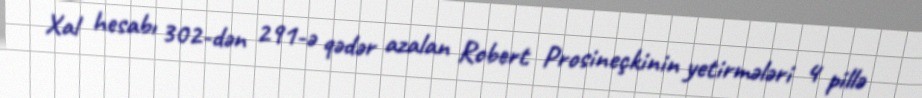
Xal hesabı 302-dən 291-ə qədər azalan Robert Prosineçkinin yetirmələri 4 pillə